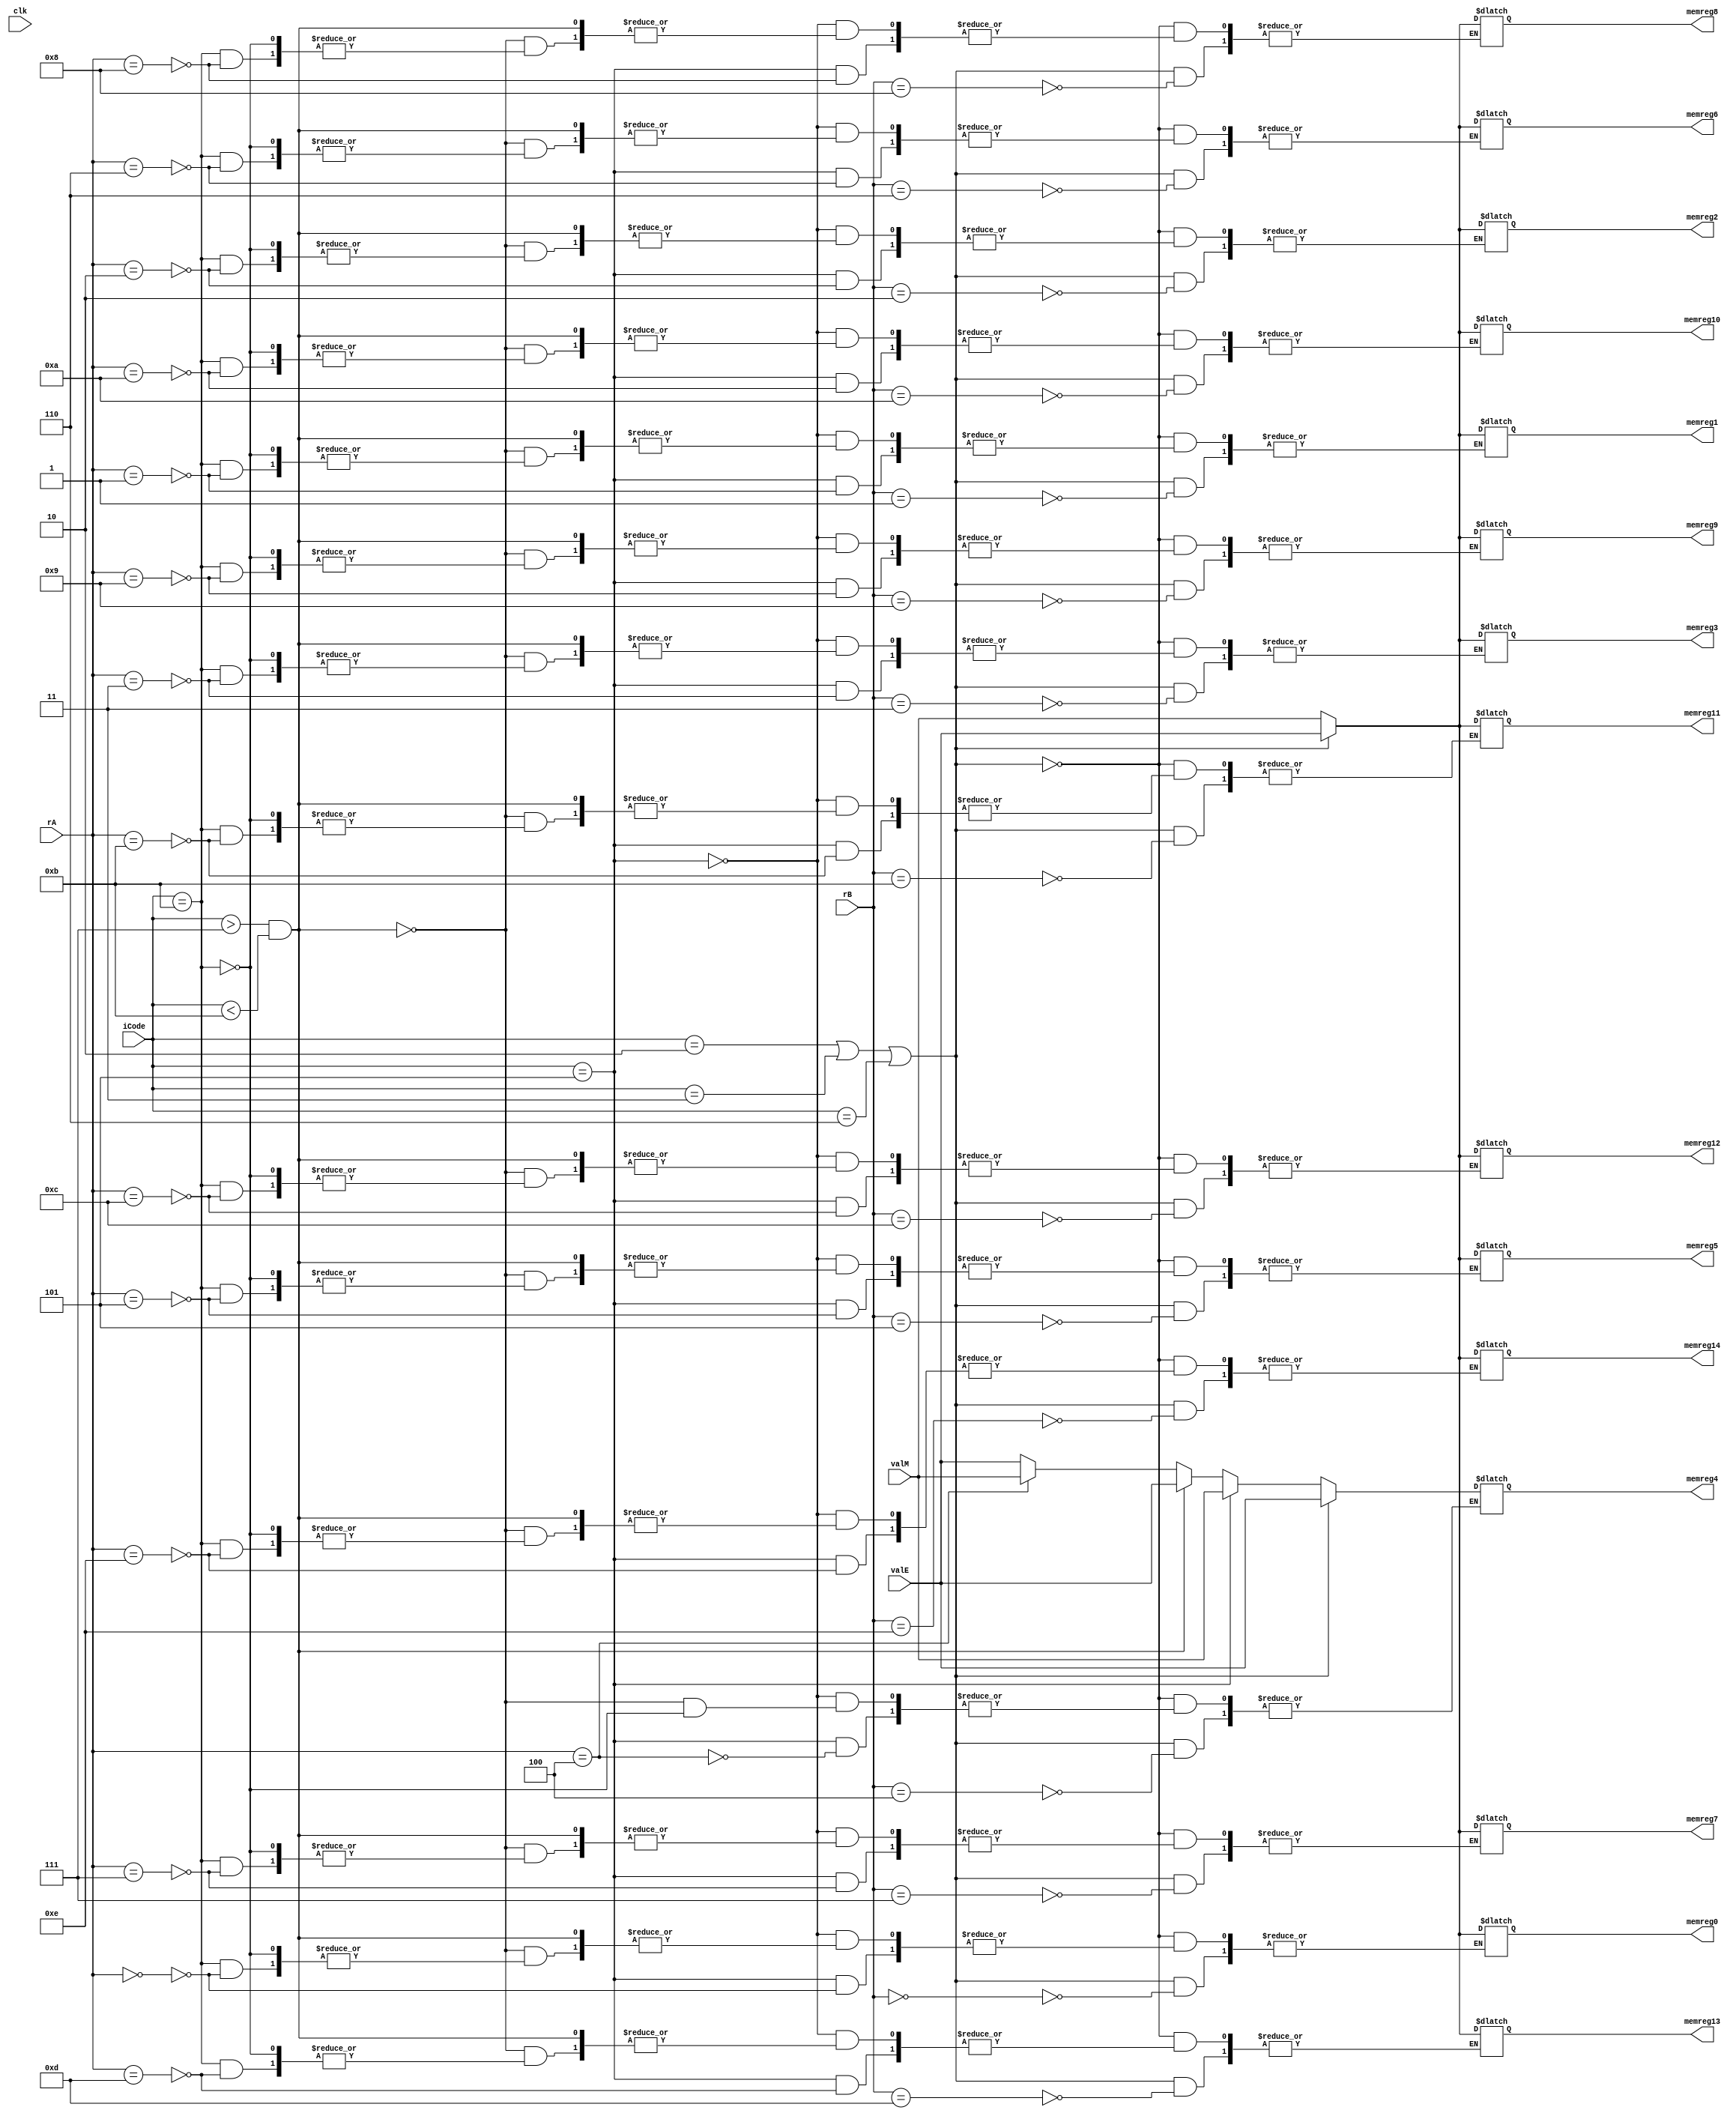
module wb(clk,iCode,rA,rB,valE,valM,memreg0,memreg1,memreg2,memreg3,memreg4,memreg5,memreg6,memreg7,memreg8,
memreg9,memreg10,memreg11,memreg12,memreg13,memreg14);

input clk;
input[3:0] iCode, rA , rB;
input[63:0] valE,valM;
output reg[63:0] memreg0,memreg1,memreg2,memreg3,memreg4,memreg5,memreg6,memreg7,memreg8,
memreg9,memreg10,memreg11,memreg12,memreg13,memreg14;

reg [63:0] memreg[0:14];

integer i;

initial begin
for(i=0;i<15;i=i+1)
begin
memreg[i] = 64'd0+i;
end
end

always@(*)

begin

if((iCode == 4'b0010) || (iCode == 4'b0011) ||(iCode==4'b0110)) // for cmovxx, irmovq and OPq
begin
memreg[rB] <= valE;
end

else if (iCode ==4'b0101)  // for mrmovq
begin
memreg[rA] <= valM;
end

else if((iCode>4'b0111) & (iCode < 4'b1011))  // for call ret and pushq
begin
memreg[4] <= valE;
end

else if(iCode == 4'b1011)  // for popq
begin
memreg[4] <= valE;
memreg[rA] <=valM;
end

memreg0 <= memreg[0];
memreg1 <= memreg[1];
memreg2 <= memreg[2];
memreg3 <= memreg[3];
memreg4 <= memreg[4];
memreg5 <= memreg[5];
memreg6 <= memreg[6];
memreg7 <= memreg[7];
memreg8 <= memreg[8];
memreg9 <= memreg[9];
memreg10 <= memreg[10];
memreg11 <= memreg[11];
memreg12 <= memreg[12];
memreg13 <= memreg[13];
memreg14 <= memreg[14];

end
endmodule